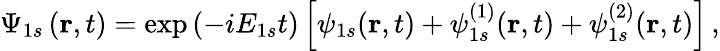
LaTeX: \Psi_{1s}\left(\mathbf{r},t\right)=\exp{(-i{E}_{1s}t)}\left[\psi_{1s}(\mathbf{r},t)+\psi_{1s}^{(1)}(\mathbf{r},t)+\psi_{1s}^{(2)}(\mathbf{r},t)\right]\, ,